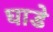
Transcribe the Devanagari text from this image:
घाडे